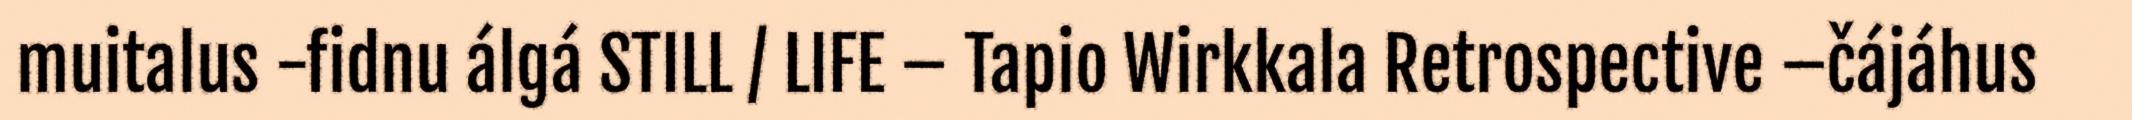
muitalus -fidnu álgá STILL / LIFE – Tapio Wirkkala Retrospective –čájáhus